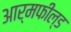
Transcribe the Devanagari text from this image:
आर्मफील्ड